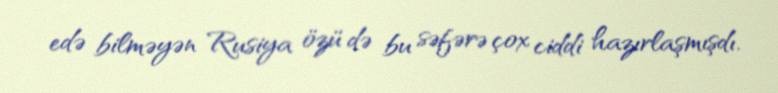
edə bilməyən Rusiya özü də bu səfərə çox ciddi hazırlaşmışdı.